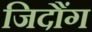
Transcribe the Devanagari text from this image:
जिदौंग